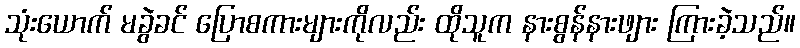
သုံးယောက် မခွဲခင် ပြောစကားများကိုလည်း ထိုသူက နားစွန်နားဖျား ကြားခဲ့သည်။